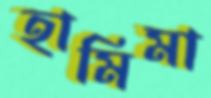
হামিমা